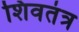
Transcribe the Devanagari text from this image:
शिवतंत्र